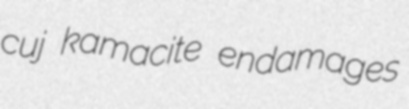
cuj kamacite endamages